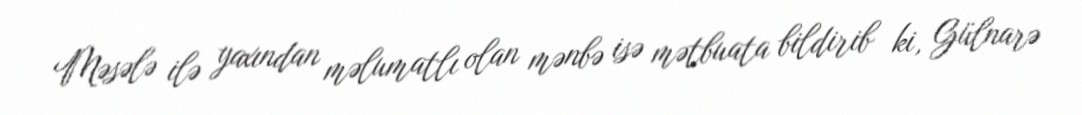
Məsələ ilə yaxından məlumatlı olan mənbə isə mətbuata bildirib ki, Gülnarə